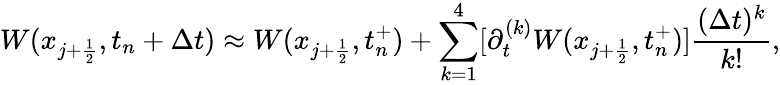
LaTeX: W(x_{j+\frac{1}{2}},t_{n}+\Delta t)\approx W(x_{j+\frac{1}{2}},t_{n}^{+})+\sum_{k=1}^{4}[\partial_{t}^{(k)}W(x_{j+\frac{1}{2}},t_{n}^{+})]\frac{(\Delta t)^{k}}{k!},